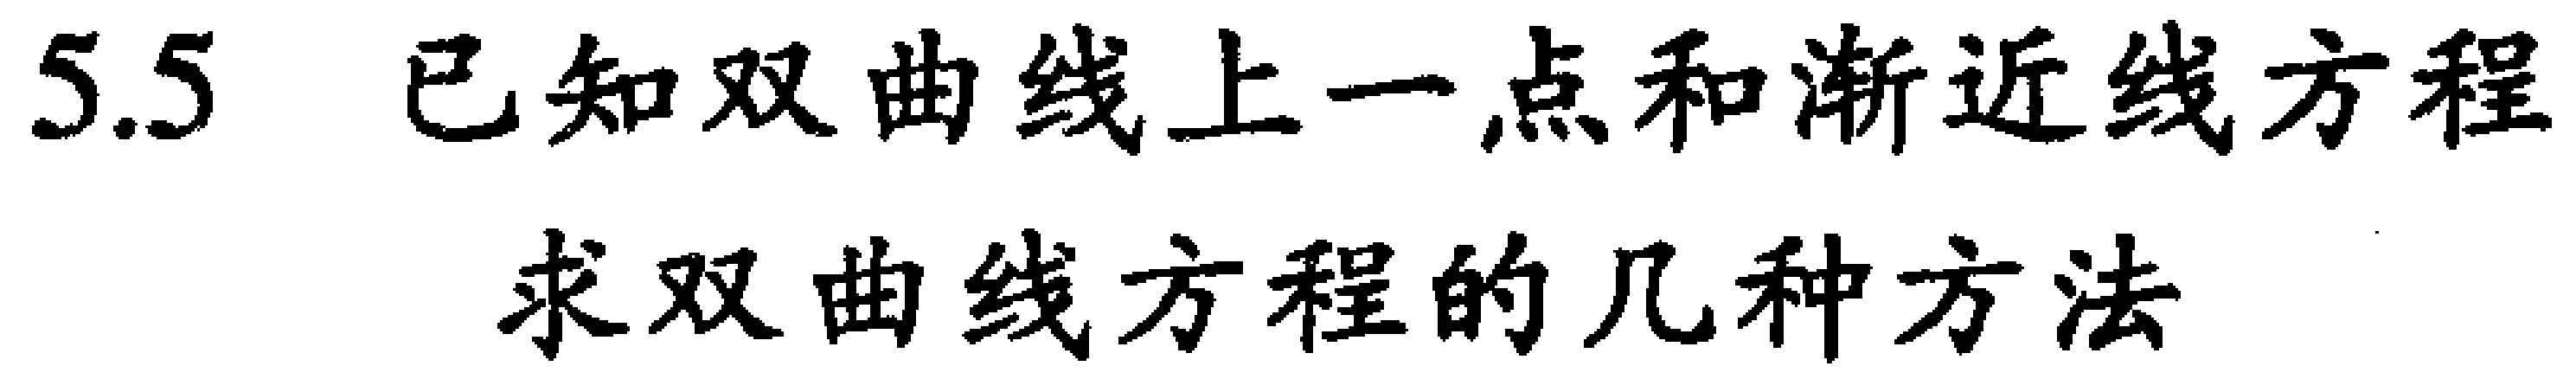
5.5 已知双曲线上一点和渐近线方程
求双曲线方程的几种方法